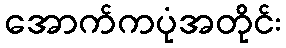
အောက်ကပုံအတိုင်း